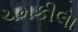
ચમકીલા